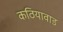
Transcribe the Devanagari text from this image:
कठियावाड